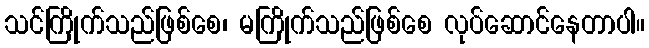
သင်ကြိုက်သည်ဖြစ်စေ၊ မကြိုက်သည်ဖြစ်စေ လုပ်ဆောင်နေတာပါ။